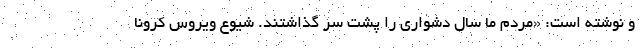
و نوشته است: «مردم ما سال دشواری را پشت سر گذاشتند. شیوع ویروس کرونا